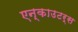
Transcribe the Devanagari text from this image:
एन्काउटर्स